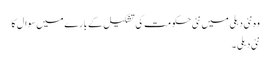
وہ نئی دہلی میں نئی حکومت کی تشکیل کے بارے میں سوال کا
نئی دہلی ۔